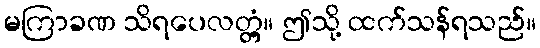
မကြာခဏ သိရပေလတ္တံ့။ ဤသို့ ထက်သန်ရသည်။